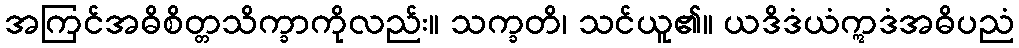
အကြင်အဓိစိတ္တသိက္ခာကိုလည်း။ သက္ခတိ၊ သင်ယူ၏။ ယဒိဒံယံဣဒံအဓိပညံ